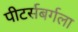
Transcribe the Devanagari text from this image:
पीटर्सबर्गला